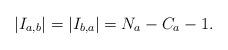
LaTeX: \begin{align*} |I_{a,b}|=|I_{b,a}|=N_a -C_a-1. \end{align*}